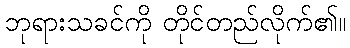
ဘုရားသခင်ကို တိုင်တည်လိုက်၏။